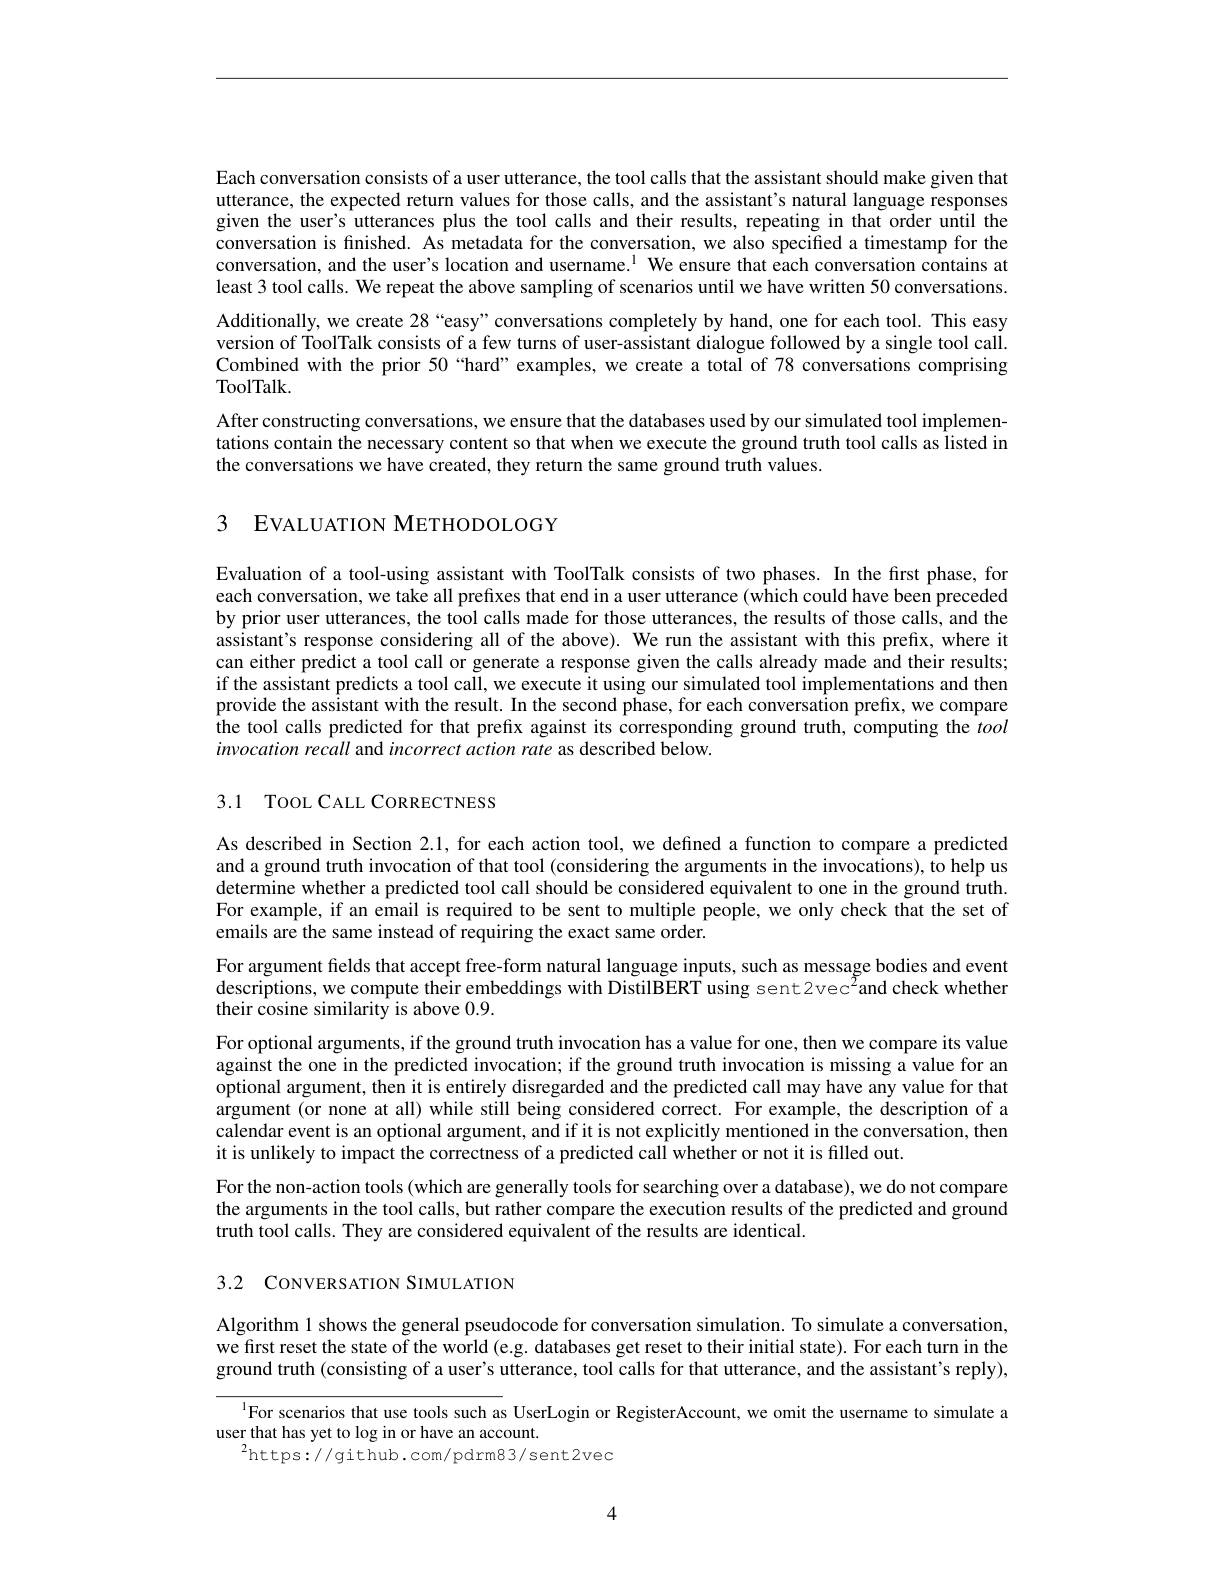
Each conversation consists of a user utterance, the tool calls that the assistant should make given that utterance, the expected return values for those calls, and the assistant's natural language responses given the user's utterances plus the tool calls and their results, repeating in that order until the conversation is finished. As metadata for the conversation, we also specified a timestamp for the conversation, and the user's location and username.$^{1}$ We ensure that each conversation contains at least 3 tool calls. We repeat the above sampling of scenarios until we have written 50 conversations. Additionally, we create 28“easy”conversations completely by hand, one for each tool. This easy version of ToolTalk consists of a few turns of user-assistant dialogue followed by a single tool call. Combined with the prior 50“hard”examples, we create a total of 78 conversations comprising ToolTalk.
After constructing conversations, we ensure that the databases used by our simulated tool implementations contain the necessary content so that when we execute the ground truth tool calls as listed in the conversations we have created, they return the same ground truth values.

3 EVALUATION METHODOLOGY

Evaluation of a tool-using assistant with ToolTalk consists of two phases. In the first phase, for each conversation, we take all prefixes that end in a user utterance (which could have been preceded by prior user utterances, the tool calls made for those utterances, the results of those calls, and the assistant's response considering all of the above). We run the assistant with this prefix, where it can either predict a tool call or generate a response given the calls already made and their results; if the assistant predicts a tool call, we execute it using our simulated tool implementations and then provide the assistant with the result. In the second phase, for each conversation prefix, we compare the tool calls predicted for that prefix against its corresponding ground truth, computing the tool invocation recall and incorrect action rate as described below.

3.1 TOOL CALL CORRECTNESS

As described in Section 2.1, for each action tool, we defined a function to compare a predicted and a ground truth invocation of that tool (considering the arguments in the invocations), to help us determine whether a predicted tool call should be considered equivalent to one in the ground truth. For example, if an email is required to be sent to multiple people, we only check that the set of emails are the same instead of requiring the exact same order.

For argument fields that accept free-form natural language inputs, such as message bodies and event descriptions, we compute their embeddings with DistilBERT using sent2vec$^2$and check whether their cosine similarity is above 0.9.

For optional arguments, if the ground truth invocation has a value for one, then we compare its value against the one in the predicted invocation; if the ground truth invocation is missing a value for an optional argument, then it is entirely disregarded and the predicted call may have any value for that argument (or none at all) while still being considered correct. For example, the description of a calendar event is an optional argument, and if it is not explicitly mentioned in the conversation, then it is unlikely to impact the correctness of a predicted call whether or not it is filled out.
For the non-action tools (which are generally tools for searching over a database), we do not compare the arguments in the tool calls, but rather compare the execution results of the predicted and ground truth tool calls. They are considered equivalent of the results are identical.

3.2 CONVERSATION SIMULATION

Algorithm 1 shows the general pseudocode for conversation simulation. To simulate a conversation, we first reset the state of the world (e.g. databases get reset to their initial state). For each turn in the ground truth (consisting of a user's utterance, tool calls for that utterance, and the assistant's reply),

$^{1}$For scenarios that use tools such as UserLogin or RegisterAccount, we omit the username to simulate a
user that has yet to log in or have an account.
$^{2}$https://github.com/pdrm83/sent2vec

4